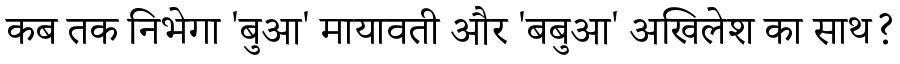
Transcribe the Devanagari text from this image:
कब तक निभेगा 'बुआ' मायावती और 'बबुआ' अखिलेश का साथ?